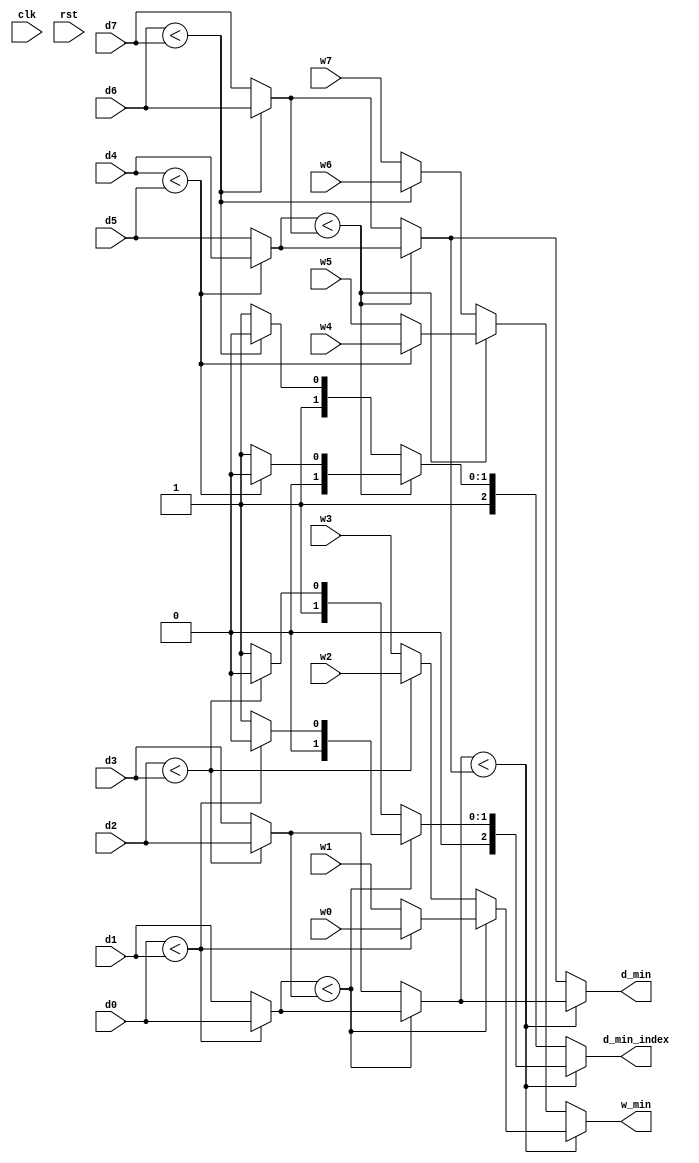
/////////////////////////////////////////////////////////////////////
// ---------------------- IVCAD 2022 Spring ---------------------- //
// ---------------------- Version : v.1.10  ---------------------- //
// ---------------------- Date : 2022.04.13 ---------------------- //
// ------------------------ MIN_1 module --------------------------//
// ----------------- Feb. 2022 Willie authored --------------------//
/////////////////////////////////////////////////////////////////////

module MIN_1(clk,rst,d0,d1,d2,d3,d4,d5,d6,d7,w0,w1,w2,w3,w4,w5,w6,w7,d_min,d_min_index,w_min);

// ---------------------- input  ---------------------- //
	input clk;
	input rst;
	input [10:0] d0;
	input [10:0] d1;
	input [10:0] d2;
	input [10:0] d3;
	input [10:0] d4;
	input [10:0] d5;
	input [10:0] d6;
	input [10:0] d7;
	input [23:0] w0;
	input [23:0] w1;
	input [23:0] w2;
	input [23:0] w3;
	input [23:0] w4;
	input [23:0] w5;
	input [23:0] w6;
	input [23:0] w7;
	
// ---------------------- output  ---------------------- //
	output [10:0] d_min;
	output [2:0]  d_min_index;
	output [23:0] w_min;         // ? 

// ---------------------- Write down Your design below  ---------------------- //

wire [10:0] d_temp1, d_temp2, d_temp3, d_temp4, d_temp5, d_temp6;
wire [2:0]  index_temp1, index_temp2, index_temp3, index_temp4, index_temp5, index_temp6;
wire [23:0] w_temp1, w_temp2, w_temp3, w_temp4, w_temp5, w_temp6;

assign d_temp1 = (d0 < d1)? d0 : d1;
assign d_temp2 = (d2 < d3)? d2 : d3;
assign d_temp3 = (d4 < d5)? d4 : d5;
assign d_temp4 = (d6 < d7)? d6 : d7;
assign d_temp5 = (d_temp1 < d_temp2)? d_temp1 : d_temp2;
assign d_temp6 = (d_temp3 < d_temp4)? d_temp3 : d_temp4;
assign d_min   = (d_temp5 < d_temp6)? d_temp5 : d_temp6;

assign index_temp1 = (d0 < d1)? 3'd0 : 3'd1;
assign index_temp2 = (d2 < d3)? 3'd2 : 3'd3;
assign index_temp3 = (d4 < d5)? 3'd4 : 3'd5;
assign index_temp4 = (d6 < d7)? 3'd6 : 3'd7;
assign index_temp5 = (d_temp1 < d_temp2)? index_temp1 : index_temp2;
assign index_temp6 = (d_temp3 < d_temp4)? index_temp3 : index_temp4;
assign d_min_index = (d_temp5 < d_temp6)? index_temp5 : index_temp6;

assign w_temp1 = (d0 < d1)? w0 : w1;
assign w_temp2 = (d2 < d3)? w2 : w3;
assign w_temp3 = (d4 < d5)? w4 : w5;
assign w_temp4 = (d6 < d7)? w6 : w7;
assign w_temp5 = (d_temp1 < d_temp2)? w_temp1 : w_temp2;
assign w_temp6 = (d_temp3 < d_temp4)? w_temp3 : w_temp4;
assign w_min   = (d_temp5 < d_temp6)? w_temp5 : w_temp6;



endmodule